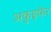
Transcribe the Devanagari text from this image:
अकुइफेर